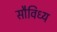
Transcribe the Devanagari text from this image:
सौविध्य